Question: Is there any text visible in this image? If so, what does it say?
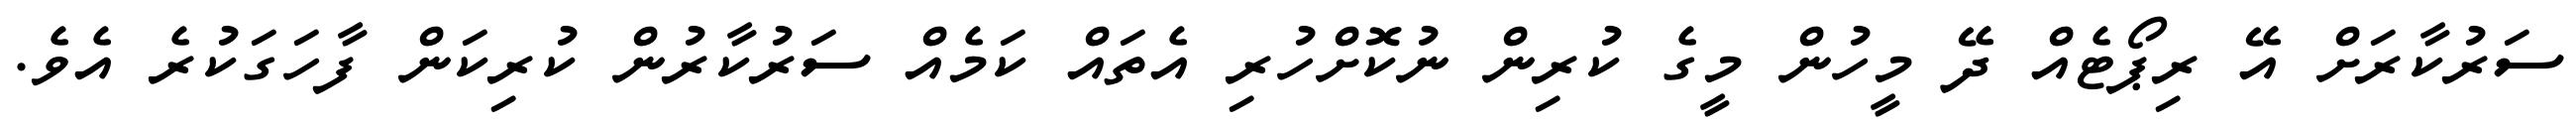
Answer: ސަރުކާރަށް އޭ ރިޕޯޓެއް ދޭ މީހުން މީގެ ކުރިން ނުކޮށްހުރި އެތައް ކަމެއް ސަރުކާރުން ކުރިކަން ފާހަގަކުރެ އެވެ.